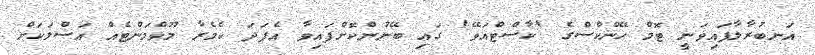
އަނބުރާލާފައިވަނީ ޓޮމް ހޭންކްސްގެ 'ކާސްޓްއަވޭ' ގައި ބޭނުންކޮށްފައިވާ އެފަދަ ކެމެރާ މޫވްމަންޓެއް އަސްލަކަށް